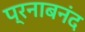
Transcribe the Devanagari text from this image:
प्रनाबनंद